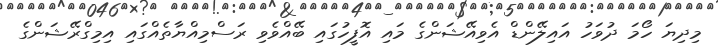
މިދިޔަ ހޯމަ ދުވަހު އައިލޭންޑް އެވިއޭޝަންގެ މައި އޮފީހުގައި ބޭއްވެވި ރަސްމިއްޔާތެއްގައި އިމިގްރޭޝަންގެ